Sanitation, dispensaries and jails vaccination Rajputana 1922-1927 - 1922-1927
Year: 1922
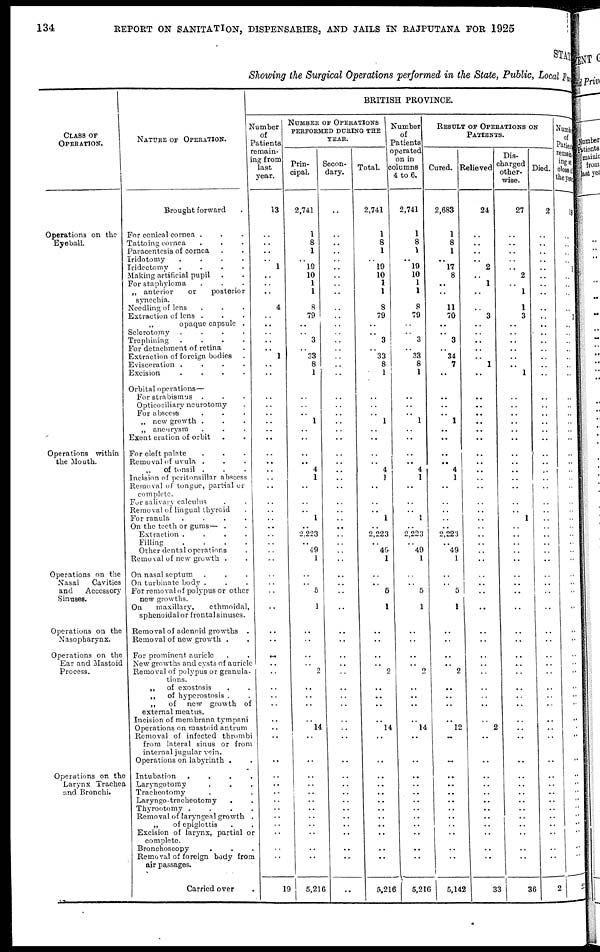
134
REPORT ON SANITATION, DISPENSARIES, AND JAILS IN RAJPUTANA FOR 1925
STATE
Showing the Surgical Operations performed in the State, Public, Local Fund
CLASS OF
OPERATION.
Operations on the
Eyeball.
Operations within
the Mouth.
Operations on the
Nasal
Cavities
and
Accessory
Sinuses.
Operations on the
Nasopharynx.
Operations on the
Ear and Mastoid
Process.
Operations on the
Larynx Trachea
and Bronchi.
NATURE OF OPERATION.
Brought forward .
For conical cornea ...
Tattoing cornea ...
Paracentesis of cornea ..
Iridotomy
....
Iridectomy
....
Making artificial pupil ..
For staphyloma ...
„ anterior
or
posterior
synechia.
Needling of lens ...
Extraction of lens ...
„
opaque capsule .
Sclerotomy
....
Trephining
....
For detachment of retina .
Extraction of foreign bodies .
Evisceration
....
Excision
....
Orbital operations—
For strabismus ...
Opticociliary neurotomy
For abscess ...
„ new growth ...0
„ aneurysm ...
Exent eration of orbit ..
For cleft palate ...
Removal of uvula ...
„
of tonsil ...
Incision of peritonsillar abscess
Removal of tongue, partial or
complete.
For salivary calculus ..
Removal of lingual thyroid .
For ranula
....
On the teeth or gums— ..
Extraction
....
Filling
....
Other dental operations
Removal of new growth ..
On nasal septum ...
On turbinate body ...
For removal of polypus or other
new growths.
On
maxillary,
ethmoidal,
sphenoidal or frontal sinuses.
Removal of adenoid growths .
Removal of new growth ..
For prominent auricle
New growths and cysts of auricle
Removal of polypus or granula-
tions.
„
of exostosis ..
„
of hyperostosis ..
„
of
now growth of
external meatus.
Incision of membrana tympani
Operations on mastoid antrum
Removal of infected thrombi
from lateral sinus or from
internal jugular vein.
Operations on labyrinth ..
Intubation ....
Laryngotoray ...
Tracheotomy ...
Laryngo-tracheotomy
..
Thyrootomy ....
Removal of laryngeal growth .
„
of epiglottis ..
Excision of larynx, partial or
complete.
Bronchoscopy
...
Removal of foreign body from
air passages.
Carried over
BRITISH PROVINCE.
Number
of
Patients
remain-
ing from
last
year.
13
..
..
..
..
1
..
..
..
4
..
..
..
..
.. 1
..
..
..
..
..
..
..
..
..
..
..
..
..
..
..
..
..
..
..
..
..
..
..
..
..
..
..
..
..
..
..
..
..
..
..
..
..
..
..
..
..
..
..
..
..
..
..
19
NUMBER OF OPERATIONS
PERFORMED DURING THE
YEAR.
Prin-
cipal.
2,741
1
8
1
..
19
10
1
1
8
79
..
..
3
..
33
8
1
..
..
..
1
..
..
..
..
4
1
..
..
..
1
..
2,223
..
49
1
..
..
5
1
..
..
..
..
2
..
..
..
..
14
..
..
..
..
..
..
..
..
..
..
..
..
5,216
Secon-
dary.
..
..
..
..
..
..
..
..
..
..
..
..
..
..
..
..
..
..
..
..
..
..
..
..
..
..
..
..
..
..
..
..
..
..
..
..
..
..
..
..
..
..
..
..
..
..
..
..
..
..
..
..
..
..
..
..
..
..
..
..
..
..
..
..
Total.
2,741
1
8
1
..
19
10
1
1
8
79
..
..
3
..
33
8
1
..
..
..
1
..
..
..
..
4
1
..
..
..
1
..
2,223
..
49
1
..
..
5
1
..
..
..
..
2
..
..
..
..
14
..
..
..
..
..
..
..
..
..
..
..
..
5,216
Number
of
Patients
operated
on in
columns
4 to 6.
2,741
1
8
1
..
19
10
1
1
8
79
..
..
3
..
33
8
1
..
..
..
1
..
..
..
..
4
1
..
..
..
1
..
2,223
..
49
1
..
..
5
1
..
..
..
..
2
..
..
..
..
14
..
..
..
..
..
..
..
..
..
..
..
..
5,216
RESULT OF OPERATIONS ON
PATIENTS.
Cured. Relieved
2,683
1
8
1
..
17 8
..
..
11
70
..
..
3
..
34
7
..
..
..
..
1
..
..
..
..
4
1
..
..
..
..
..
2,223
..
49
1
..
..
5
1
..
..
..
..
2
..
..
..
..
12
..
..
..
..
..
..
..
..
..
..
..
..
5,142
24
..
..
..
..
2
..
1
..
..
3
..
..
..
..
..
1
..
..
..
..
..
..
..
..
..
..
..
..
..
..
..
..
..
..
..
..
..
..
..
..
..
..
..
..
..
..
..
..
..
2
..
..
..
..
..
..
..
..
..
..
..
..
33
Dis¬
charged
other¬
wise.
27
..
..
..
..
..
2
..
1
1
3
..
..
..
..
..
..
1
..
..
..
..
..
..
..
..
..
..
..
..
..
1
..
..
..
..
..
..
..
..
..
..
..
..
..
..
..
..
..
..
..
..
..
..
..
..
..
..
..
..
..
..
..
36
Died.
2
..
..
..
..
..
..
..
..
..
..
..
..
..
..
..
..
..
..
..
..
..
..
..
..
..
..
..
..
..
..
..
..
..
..
..
..
..
..
..
..
..
..
..
..
..
..
..
..
..
..
..
..
..
..
..
..
..
..
..
..
..
..
2
Number
of
Patient
ing at
close of
the year 18
..
..
..
..
1
..
..
..
..
3
..
..
..
..
..
..
..
..
..
..
..
..
..
..
..
..
..
..
..
..
..
..
..
..
..
..
..
..
..
..
..
..
..
..
..
..
..
..
..
..
..
..
..
..
..
..
..
..
..
..
..
..
22